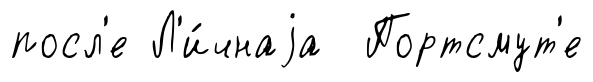
посл'е Л'и́чнаjа Портсмут'е